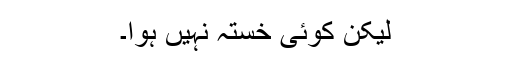
لیکن کوئی خستہ نہیں ہوا۔